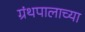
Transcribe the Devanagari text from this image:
ग्रंथपालाच्या